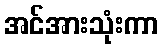
အင်အားသုံးကာ